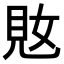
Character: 𫌜